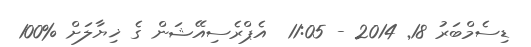
ޑިސެމްބަރު 18